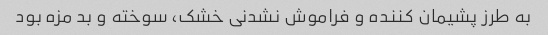
به طرز پشیمان کننده و فراموش نشدنی خشک، سوخته و بد مزه بود